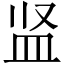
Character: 𪾋